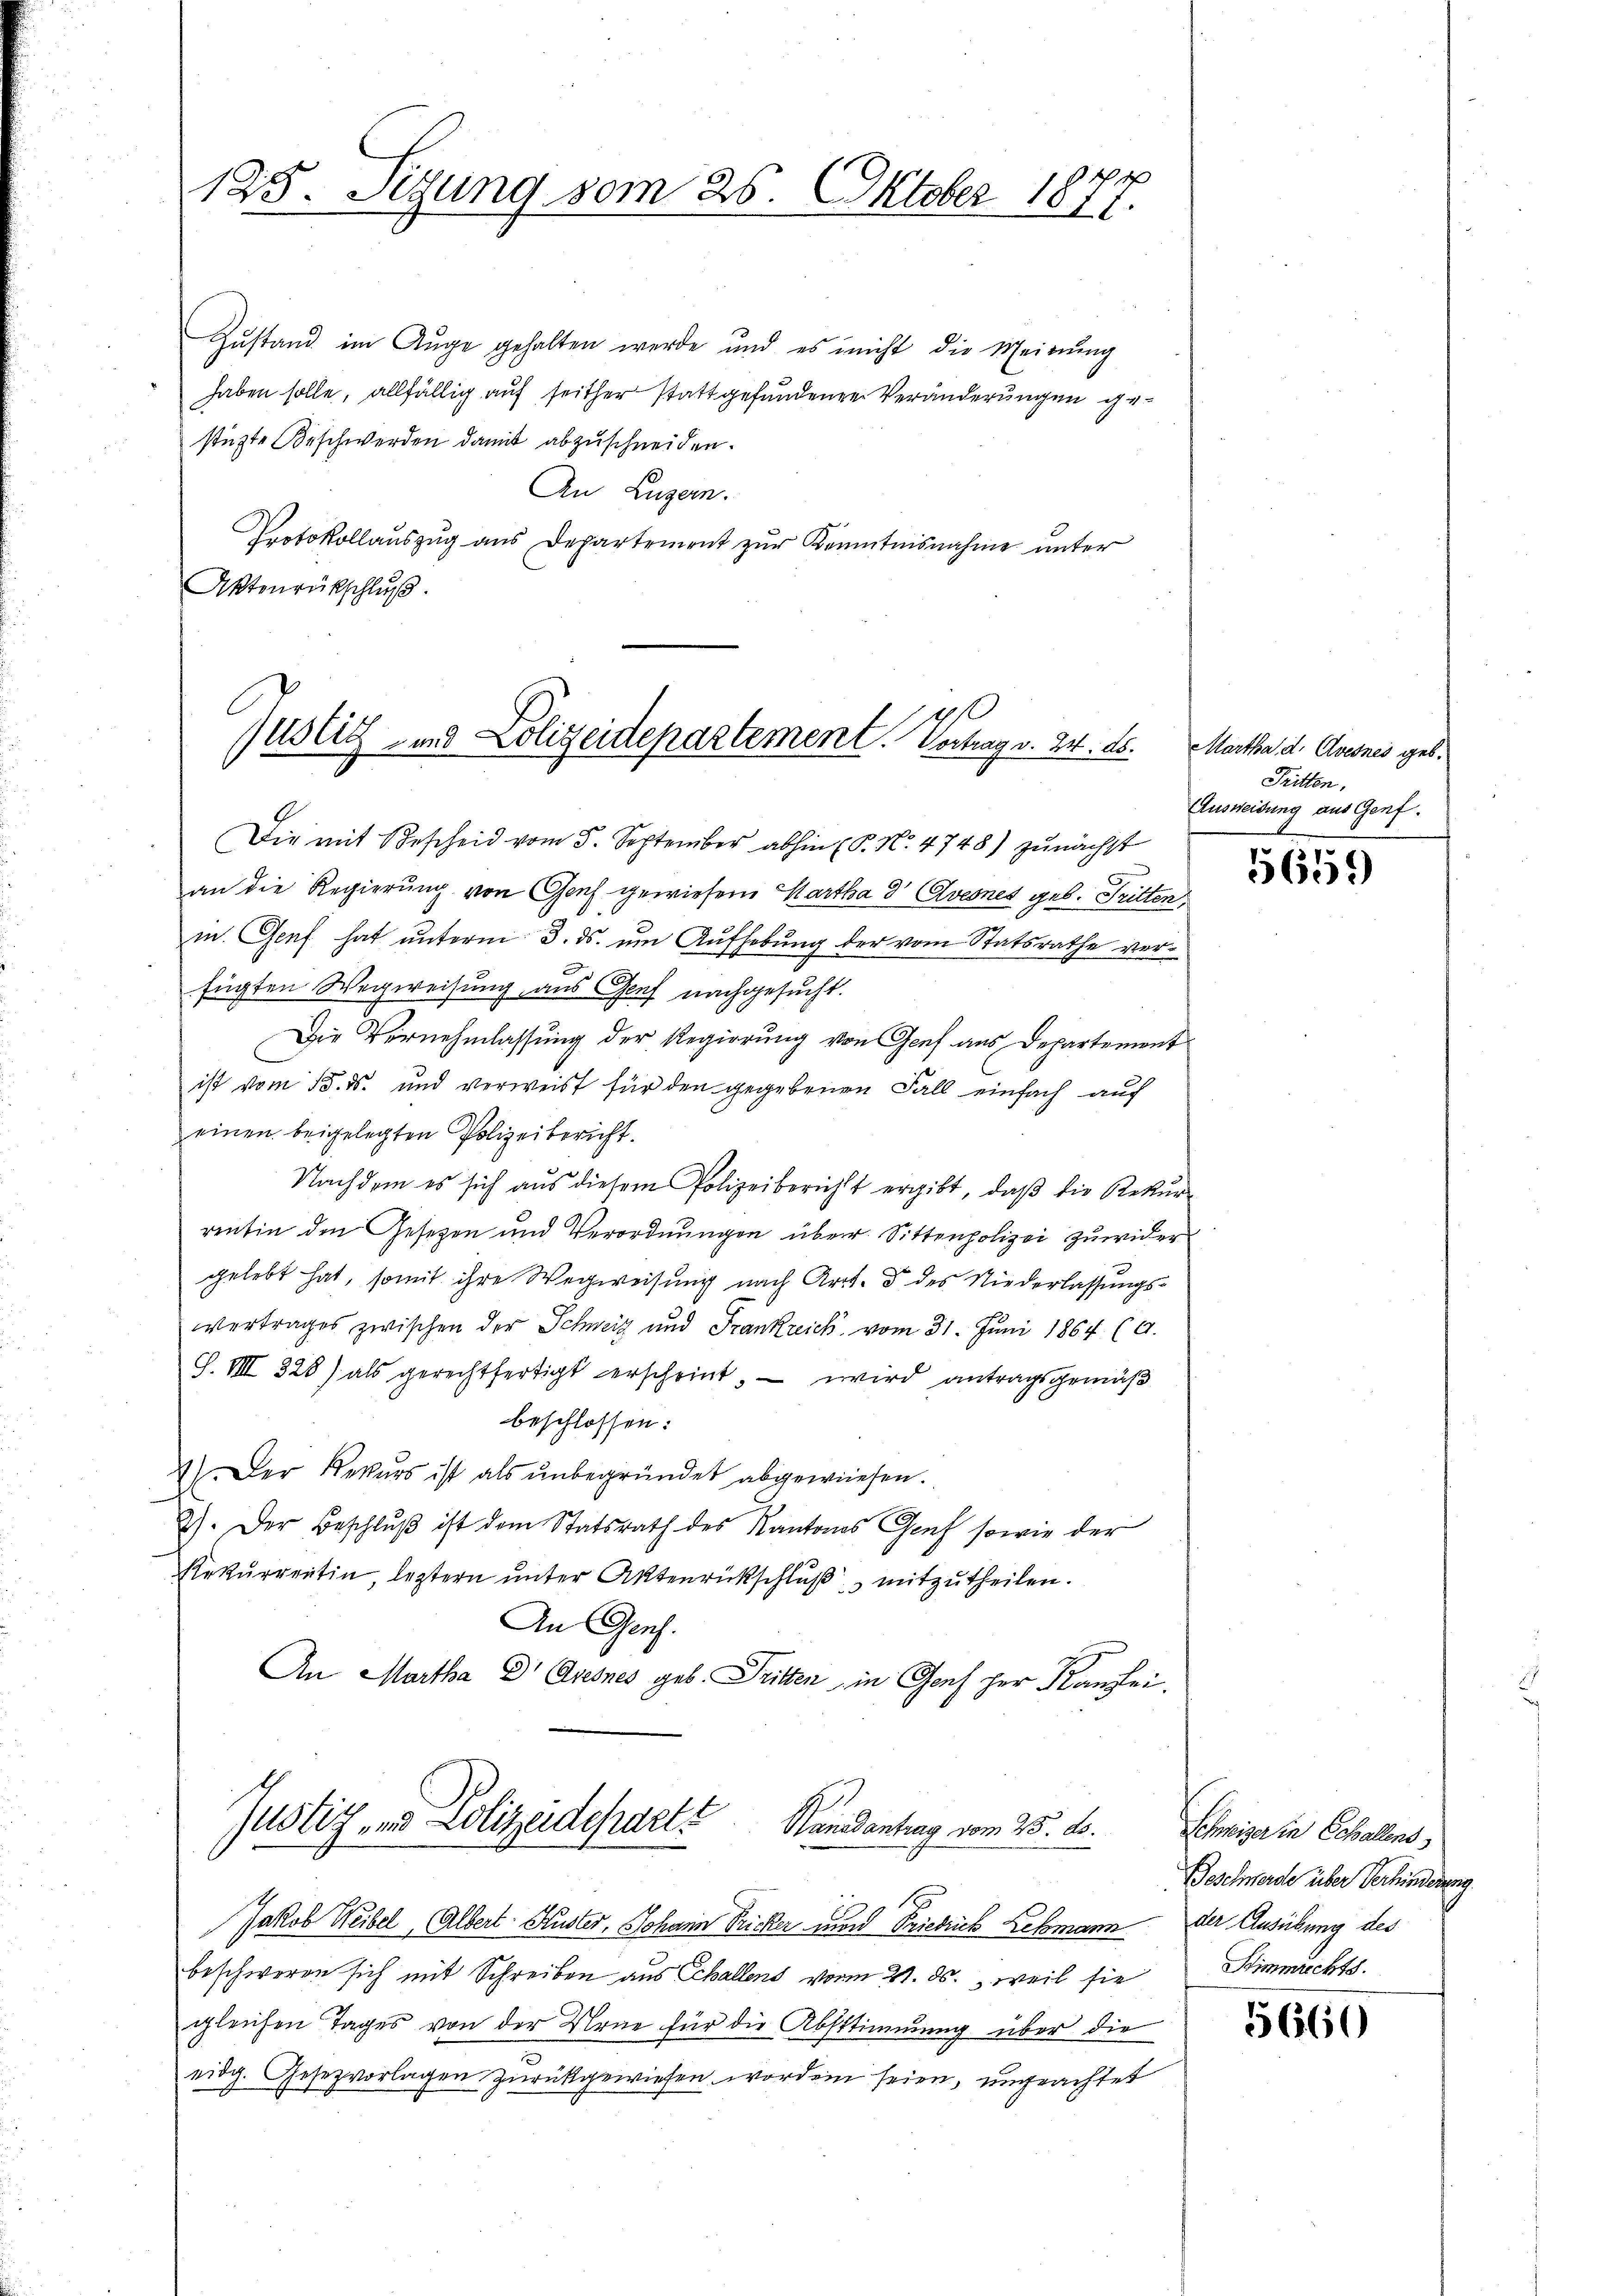
125. Setzung vom 25. Oktober 1877.

Zustand im Auge gehalten werde und es nicht die Meinŭng
haben solle, allfällig auf seither stattgefundenen Veränderungen gestüzte Beschwerden damit abzuschneiden.
An Luzern.
Protokollauszug aus Departement zur Kenntnisnahme unter
Aktenrückschluß.

juslich- und Polizeidepartement. Vertrag v. 24. ds. Martha d. Avernes geb.

Justiz, und Polizeideparte
Nanadantrag vom 25. ds.

Die mit Bescheid vom 5. September abhin (P. No. 4748) zunächst
an die Regierung von Gas gewiesene Kartha d' Avernes geb. Tritten,
in Genf hat unterm 3. ds. um Aufhebung der vom Statsrathe ver¬
.
6
fügten Wegweisung aus Genf nachgesucht.
Die Vernehmlassung der Regierung von Genf aus Departement
ist vom 15. ds. und verweist für den gegebenen Fall einfach auf
einen beigelegten Polizeibericht.
Nachdem es sich aus diesem Polizeibericht ergibt, daβ die Rekŭr-
rentin den Gesetzen und Verordnungen über Sittenpolizei zuwider
gelebt hat, somit ihre Wegweisung nach Art. 8 des Niederlassungsvertrages zwischen der Schweiz und Frankreich vom 31. Juni 1864 (A.
S. VIII 328) als gerechtfertigt erscheint, — wird antragsgemäß
beschlossen:
1.) Der Rekurs ist als ŭnbegründet abgewiesen.
2). Der Beschluß ist dem Statsrath des Kantons Genf sowie der
Rekurrentin, leztern unter Aktenrückschluß mitzutheilen.
An Genf.
An Martha Dr. Dresnes geb. Tritten, in Genf her Kanzlei.

Jakob Weibel, Albert Huster, Johann Fricker und Friedrich Lehmann der Ausübung des
beschweren sich mit Schreiben aus Schallens von 21. ds., weil sie
ggleichen Tages von der Urne für die Abstimmung über die
eidg. Gesezvorlagen zurückgewiesen worden seien, ungeachtet

Tritten.
Ausweidung aus Genf.

5659)

Schweizer in Schallens
Beschwerde über Verhinderung.
Stimmrechts.

5660